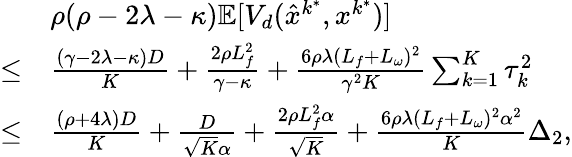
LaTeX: \begin{array}{rl}&{\rho(\rho-2\lambda-\kappa)\mathbb{E}[V_{d}(\hat{x}^{k^{\ast}},x^{k^{\ast}})]}\\ {\leq}&{\frac{(\gamma-2\lambda-\kappa)D}{K}+\frac{2\rho L_{f}^{2}}{\gamma-\kappa}+\frac{6\rho\lambda(L_{f}+L_{\omega})^{2}}{\gamma^{2}K}\sum_{k=1}^{K}\tau_{k}^{2}}\\ {\leq}&{\frac{(\rho+4\lambda)D}{K}+\frac{D}{\sqrt{K}\alpha}+\frac{2\rho L_{f}^{2}\alpha}{\sqrt{K}}+\frac{6\rho\lambda(L_{f}+L_{\omega})^{2}\alpha^{2}}{K}\Delta_{2},}\end{array}